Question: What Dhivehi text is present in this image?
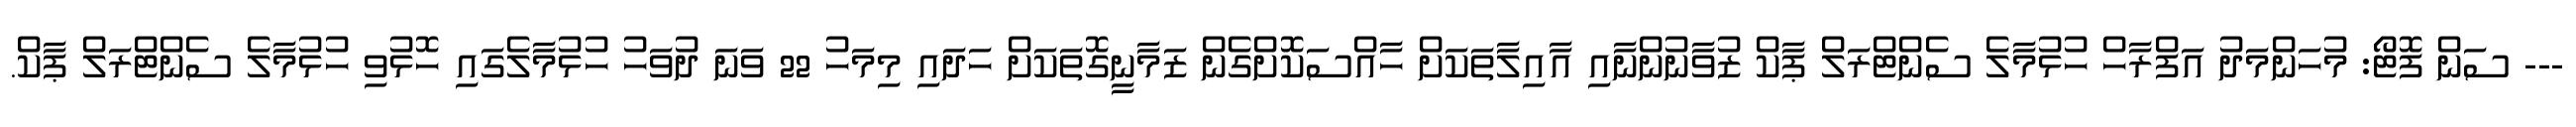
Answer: --- ސަން ފޮޓޯ: މުހަންމަދު އަފްރާހް ހުޅުމާލެ ސެންޓްރަލް ޕާކް ޒުވާނުންނާއި އާއިލާތަކަށް ހާއްސަކޮށްގެން ޒަމާނީގޮތަކަށް ހަދައި މިމަހު 22 ވަނަ ދުވަހު ހުޅުމާލެގައި ހޮޅުވި ހުޅުމާލެ ސެންޓްރަލް ޕާކް.